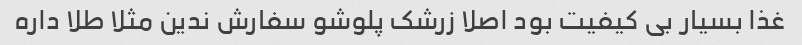
غذا بسیار بی کیفیت بود اصلا زرشک پلوشو سفارش ندین مثلا طلا داره